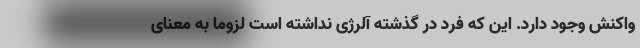
واکنش وجود دارد. این که فرد در گذشته آلرژی نداشته است لزوما به معنای